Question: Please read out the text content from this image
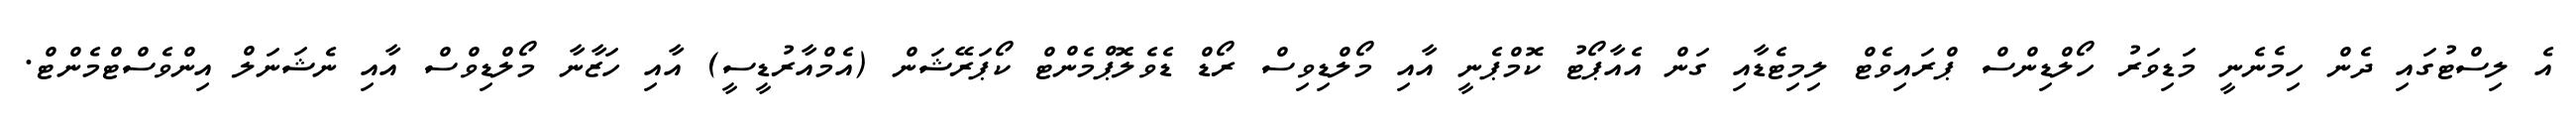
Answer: އެ ލިސްޓުގައި ދެން ހިމެނެނީ މަޑިވަރު ހޯލްޑިންސް ޕްރައިވެޓް ލިމިޓެޑާއި ގަން އެއާޕޯޓު ކޮމްޕެނީ އާއި މޯލްޑިވިސް ރޯޑް ޑެވެލޮޕްމެންޓް ކޯޕަރޭޝަން (އެމްއާރުޑީސީ) އާއި ހަޒާނާ މޯލްޑިވްސް އާއި ނެޝަނަލް އިންވެސްޓްމެންޓް.